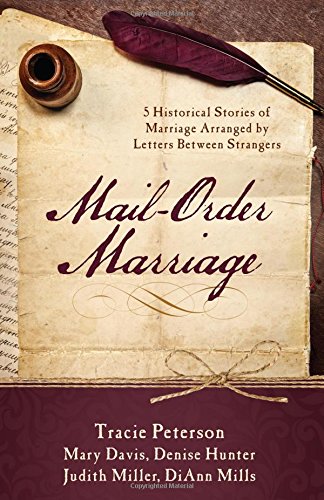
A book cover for Mail-Order Marriage (Stick-With-Me Notes); Mary Davis; Romance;